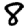
Digit: 8